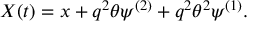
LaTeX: X ( t ) = x + q ^ { 2 } \theta \psi ^ { ( 2 ) } + q ^ { 2 } \theta ^ { 2 } \psi ^ { ( 1 ) } .